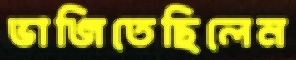
ভাজিতেছিলেন